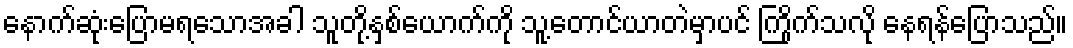
နောက်ဆုံးပြောမရသောအခါ သူတို့နှစ်ယောက်ကို သူ့တောင်ယာတဲမှာပင် ကြိုက်သလို နေရန်ပြောသည်။